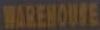
WAREHOUSE